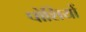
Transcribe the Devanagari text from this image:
पोशियों